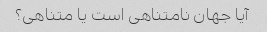
آیا جهان نامتناهی است یا متناهی؟